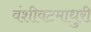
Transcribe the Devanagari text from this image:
वंशीवटमाधुरी